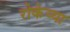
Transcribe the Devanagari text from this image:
रोकेय्या